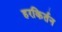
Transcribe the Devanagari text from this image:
हरकिर्तन